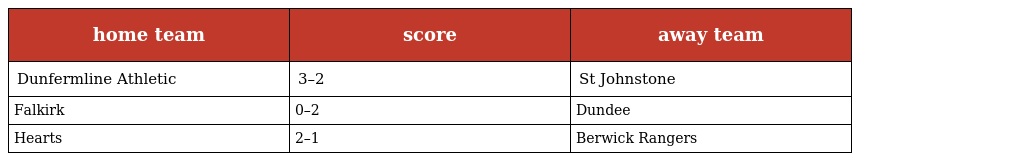
| home team | score | away team |
 | --- | --- | --- |
 | Dunfermline Athletic | 3–2 | St Johnstone |
 | Falkirk | 0–2 | Dundee |
 | Hearts | 2–1 | Berwick Rangers |